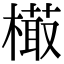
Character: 𣙻